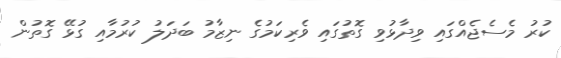
ކުރު މެސެޖެއްގައި ވިދާޅުވި ގޮތުގައި ވެރިކަމުގެ ނިޒާމު ބަދަލު ކުރުމާއި ގުޅޭ ގޮތުން